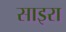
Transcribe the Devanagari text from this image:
साइरा